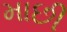
માછી